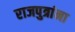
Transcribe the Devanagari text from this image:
राजपुत्रांना